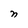
Character: n